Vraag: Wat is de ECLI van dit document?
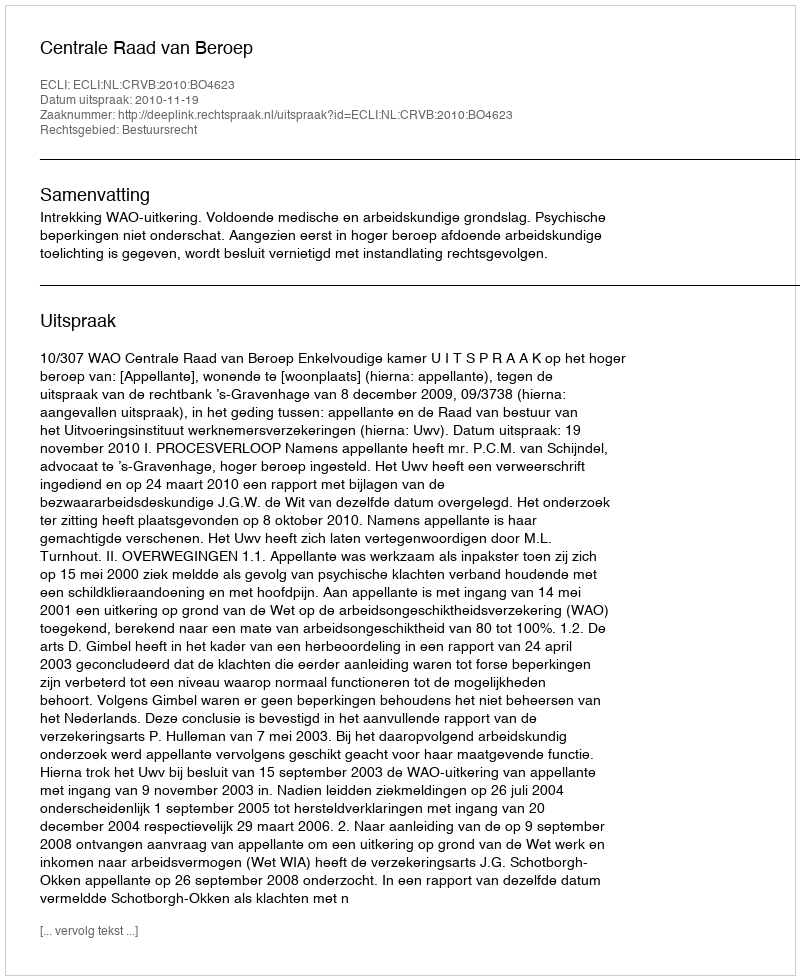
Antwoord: ECLI:NL:CRVB:2010:BO4623